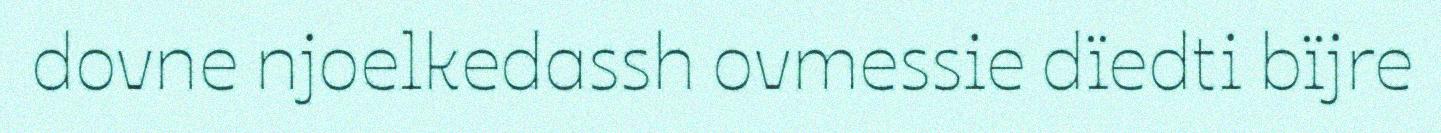
dovne njoelkedassh ovmessie dïedti bïjre